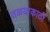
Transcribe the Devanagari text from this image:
तळयाकाठी